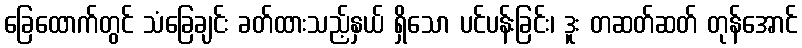
ခြေထောက်တွင် သံခြေချင်း ခတ်ထားသည့်နှယ် ရှိသော ပင်ပန်းခြင်း၊ ဒူး တဆတ်ဆတ် တုန်အောင်